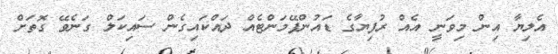
އެލިޔާ އިން މިވަނީ އެއް ރުފިޔާގެ ޑައުންޕޭމަންޓެއް ދައްކައިގެން ސައިކަލް ގަނެވޭ ގޮތަށް